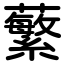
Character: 蘩